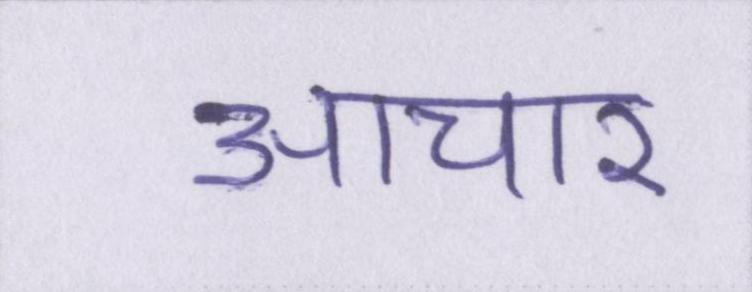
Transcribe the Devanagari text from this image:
आचार